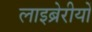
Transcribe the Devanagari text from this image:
लाइब्रेरीयों